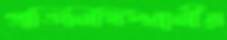
প্রতিনিধিস্থানীয়